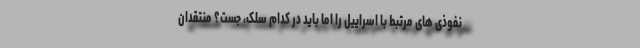
نفوذی های مرتبط با اسراییل را اما باید در کدام سِلک، جُست؟ منتقدان